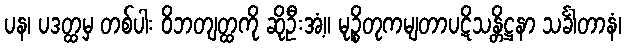
ပန၊ ပဒတ္ထမှ တစ်ပါး ဝိဘတျတ္ထကို ဆိုဦးအံ့။ မုဉ္စိတုကမျတာပဋိသန္တိဋ္ဌနာ သင်္ခါတာနံ၊